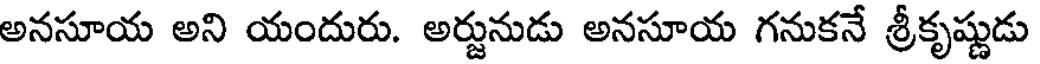
అనసూయ అని యందురు. అర్జునుడు అనసూయ గనుకనే శ్రీకృష్ణుడు